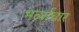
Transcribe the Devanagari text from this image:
भर्त्याचार